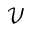
\mathcal { V }